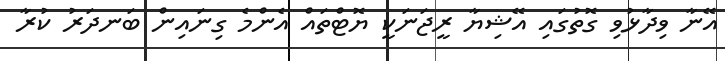
އޭނާ ވިދާޅުވި ގޮތުގައި އޭޝިޔާ ރީޖަނަކީ ޔޮޓްތައް އެންމެ ގިނައިން ބަނދަރު ކުރާ